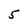
Character: 5